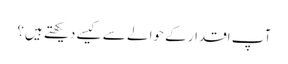
آپ اقدار کے حوالے سے کیسے دیکھتے ہیں؟